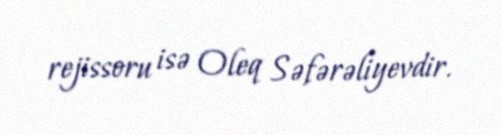
rejissoru isə Oleq Səfərəliyevdir.